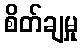
စိတ်ချမှု